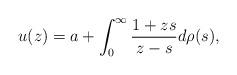
LaTeX: \begin{align*}u(z)=a+\int_0^\infty \frac{1+zs}{z-s}d\rho(s),\end{align*}